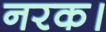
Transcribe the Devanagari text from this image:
नरक।